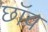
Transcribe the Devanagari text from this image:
छाॅव